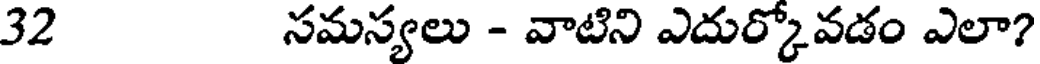
32 సమస్యలు - వాటిని ఎదుర్కోవడం ఎలా?